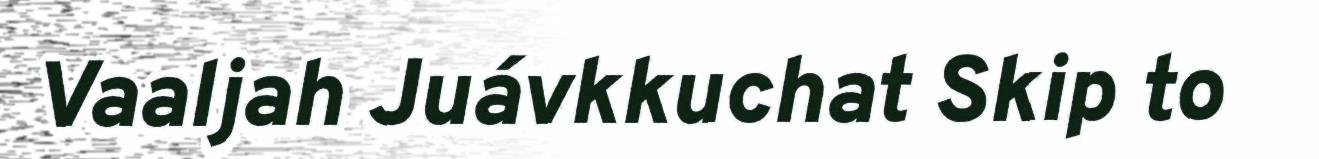
Vaaljah Juávkkuchat Skip to